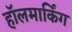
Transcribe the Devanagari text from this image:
हॉलमार्किंग